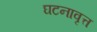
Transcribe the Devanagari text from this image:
घटनावृत्त